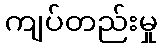
ကျပ်တည်းမှု